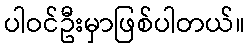
ပါဝင်ဦးမှာဖြစ်ပါတယ်။